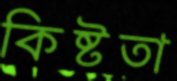
কিষ্টতা